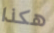
هكذا